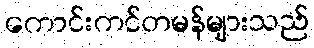
ကောင်းကင်တမန်များသည်